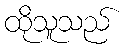
ထိုသူသည်